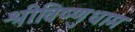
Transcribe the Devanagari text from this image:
श्रीविष्णुधाम